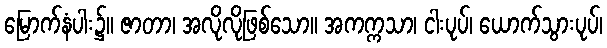
မြောက်နံပါး၌။ ဇာတာ၊ အလိုလိုဖြစ်သော။ အကက္ကသာ၊ ငါးပုပ်၊ ယောက်သွားပုပ်၊